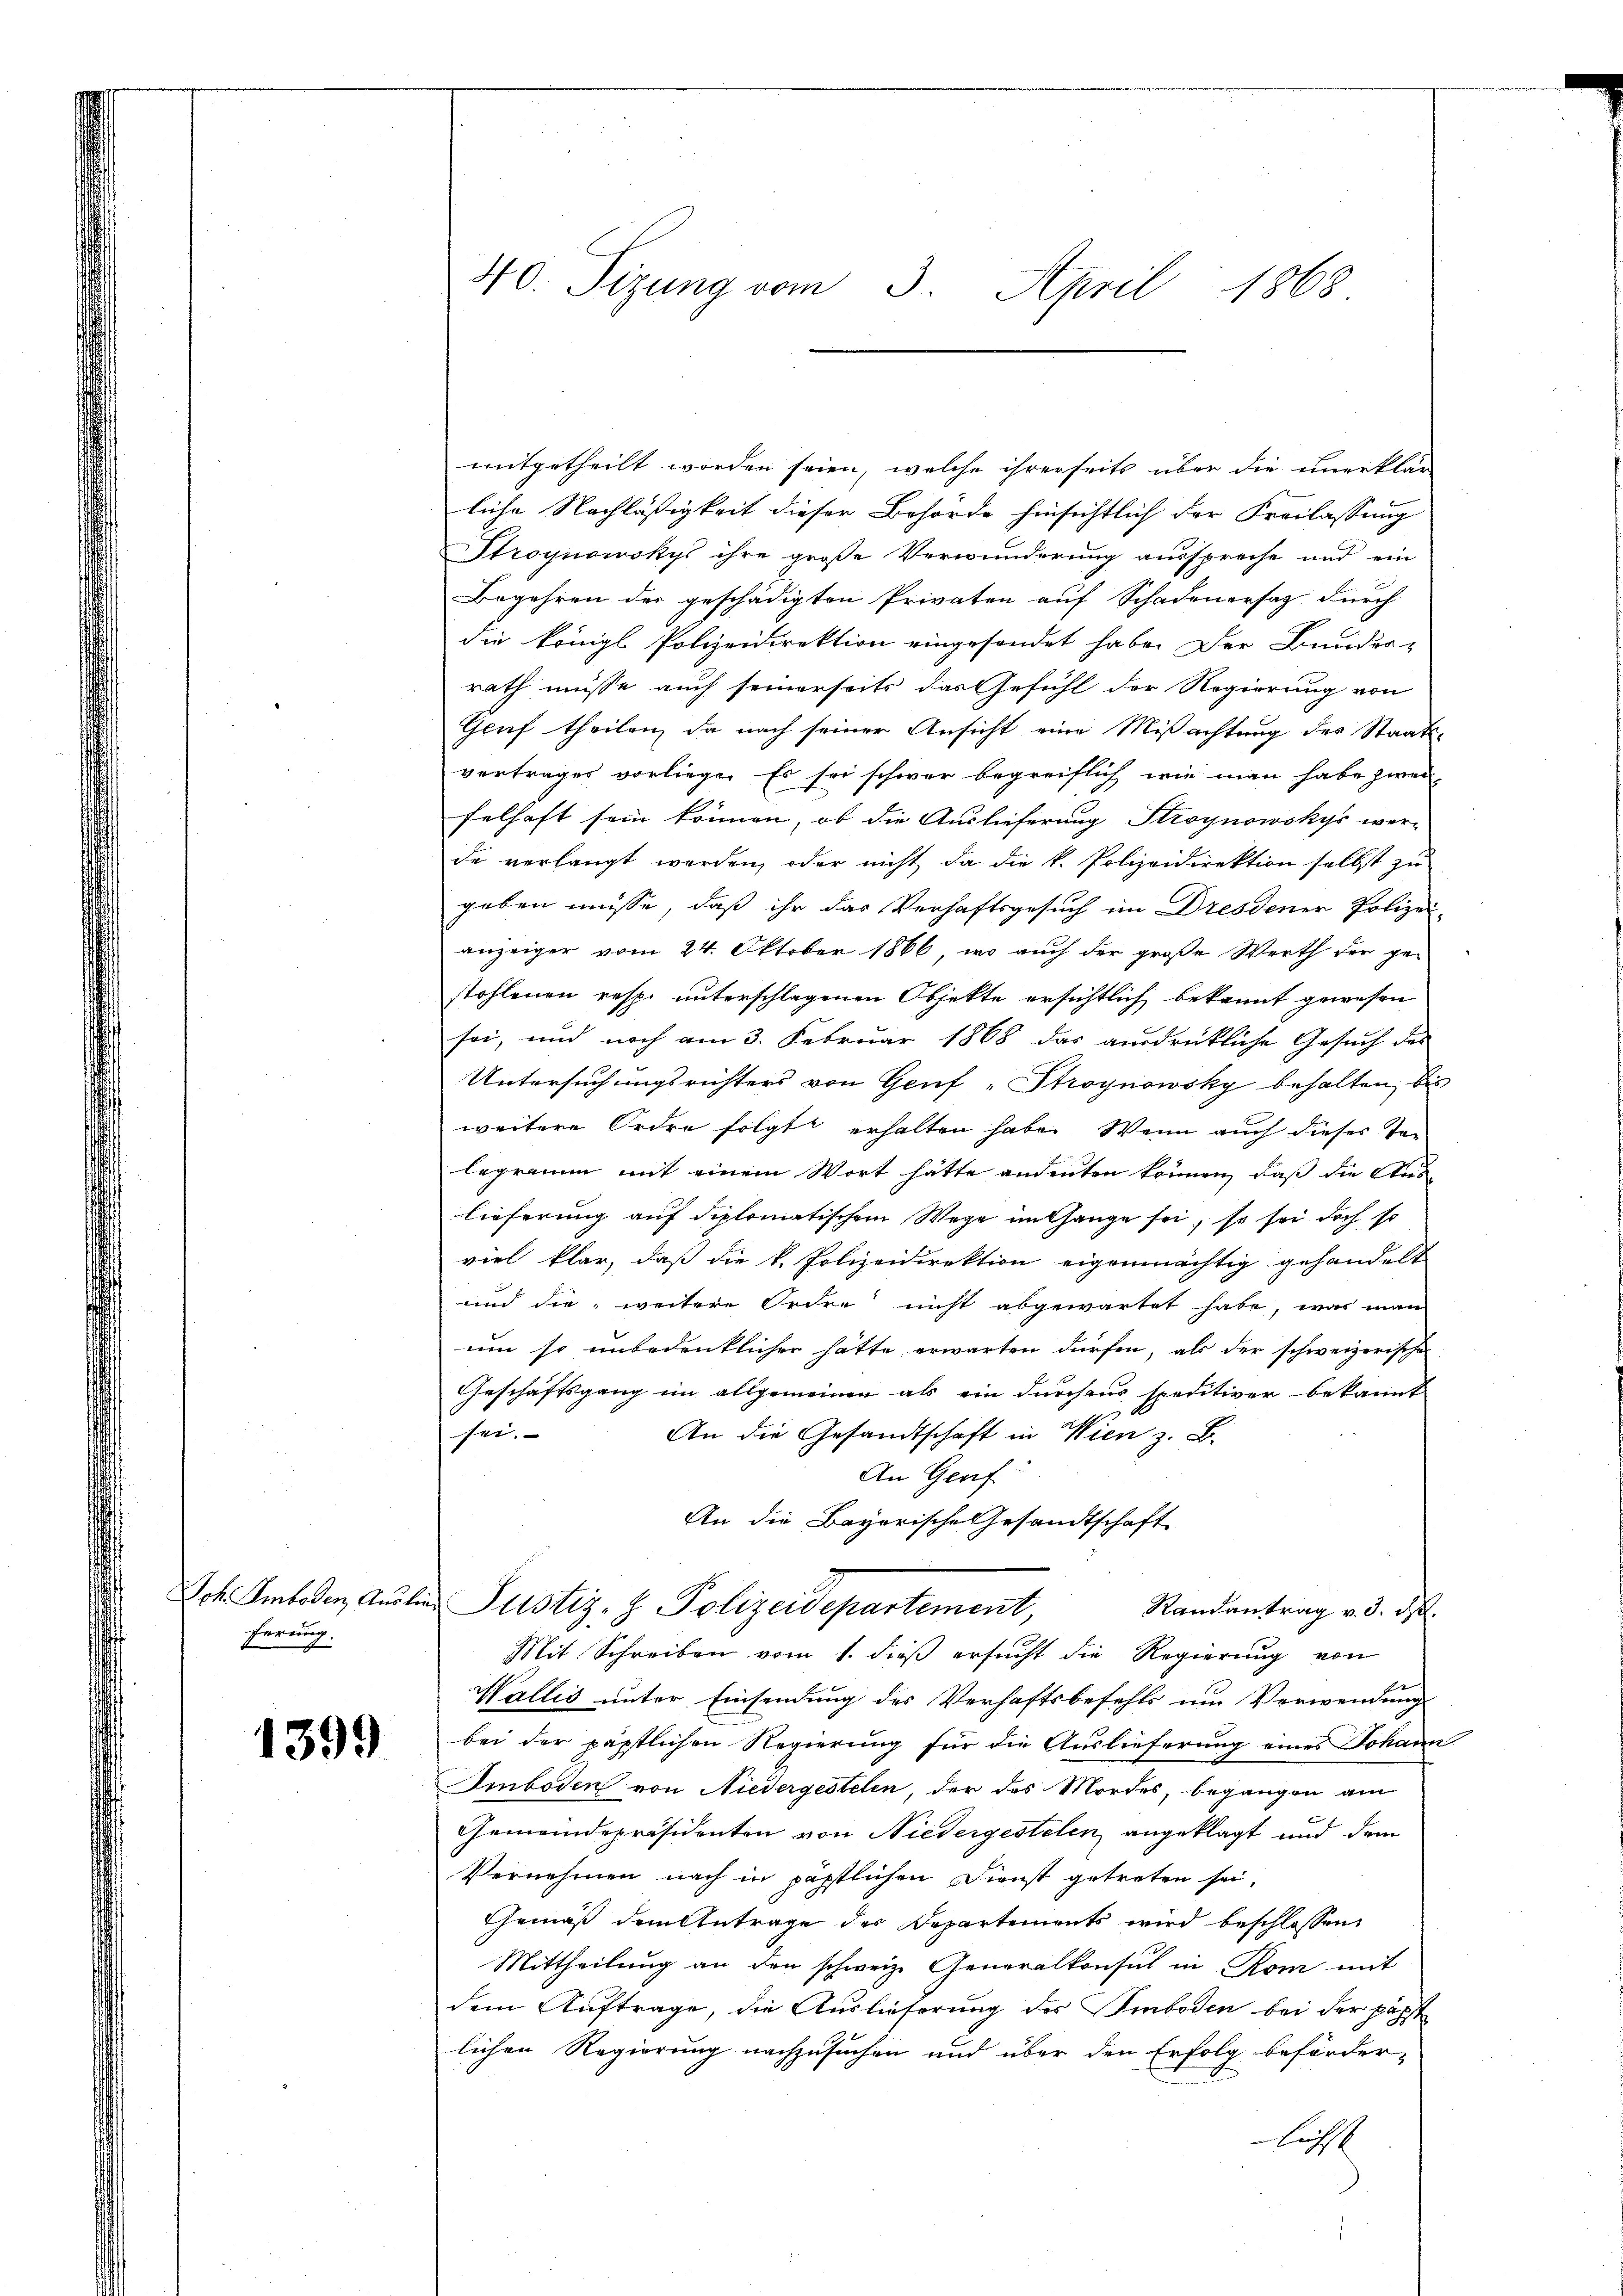
ferung.

1399

40. Sizung vom 3. April 1868

mitgetheilt worden seien, welche ihrerseits über die unerklär
liche Nachläßigkeit dieser Behörde hinsichtlich der Freilassung
Stroynowskys ihre große Verwunderung ausspreche und ein
Begehren der geschädigten Privaten auf Schadenersatz durch
die königl. Polizeidirektion eingesondet habe. Der Bundes-
rath müsse auch seinerseits das Gefühl der Regierung von
Geuf theilen, da nach seiner Ansicht eine Mißachtung des Staats-
vertrages vorliege. Es sei schwer begreiflich wie man habe zwei-
felhaft sein können, ob die Auslieferung Stroynowskys wer-
de verlangt werden, oder nicht, da die k. Polizeidirektion selbst zu
geben müsse, daß ihr das Verhaftsgesuch im Dresdener Polizei-
anzeiger vom 24. Oktober 1866, wo auch der große Werth der gestohlenen resp. unterschlagenen Objekte ersichtlich bekannt gewesen
sei, und noch am 3. Februar 1868 das ausdrückliche Gesuch des
Untersuchungsrichters von Genf -Stroynowsky behalten, bis
weitere Ordre folgt erhalten habe. Wenn auch dieses Talegramm mit einem Wort hätte andenten können, daß die Aus-
lieferung auf diplomatischem Wege im Gange sei, so sei doch so
viel klar, daß die k. Polizeidirektion eigenmächtig gehandelt
und die weitere Ordre nicht abgewartet habe, was man
um so unbedenklicher hätte erwarten dürfen, als der schweizerische
Geschäftsgang im allgemeinen als ein durchaus speditiver bekannt
sei.
An die Gesandtschaft in Wien z. B.
An Genf
An die Bayerische Gesandtschaft
Joh Amt den Ausler Justiz- & Polizeidepartement,
Randantrag v. 3. ds.
Mit Schreiben vom 1. dieß ersucht die Regierung von
Wallis unter Einsendung des Verhaftsbefehls um Verwendung
bei der päpstlichen Regierung für die Auslieferung eines Johann
Smboden von Niedergestelen, der des Mordes, begangen am
Gemeindepräsidenten von Niedergestelen angeklagt und dem
Vernehmen nach in päpstlichen Dienst getreten sei,
Gemäß dem Antrage der Departements wird beschlossen,
Mittheilung an den schweiz. Generalkonsul in Rom mit
dem Auftrage, die Auslieferung der Smboden bei der päpst
lichen Regierung nachzusuchen und über den Erfolg beförder-
luch